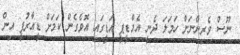
ނޫސް ވެރިންނަށް ހަމަލަ ދެނީ އެމްޑީޕީ އަޑީގައި އޮވެގެން ކަމަށް ޑީއާރުޕީ އިން